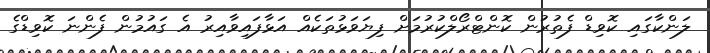
ލަންކާގައި ކޮވިޑް ފެތުރުން ކޮންޓްރޯލްކުރުމަށް ފިޔަވަޅުތަކެއް އަޅާފައިވާއިރު އެ ގައުމުން ފެންނަ ކޮވިޑްގެ